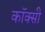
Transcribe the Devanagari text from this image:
कॉक्सी